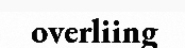
overliing